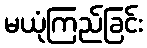
မယုံကြည်ခြင်း